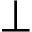
\perp